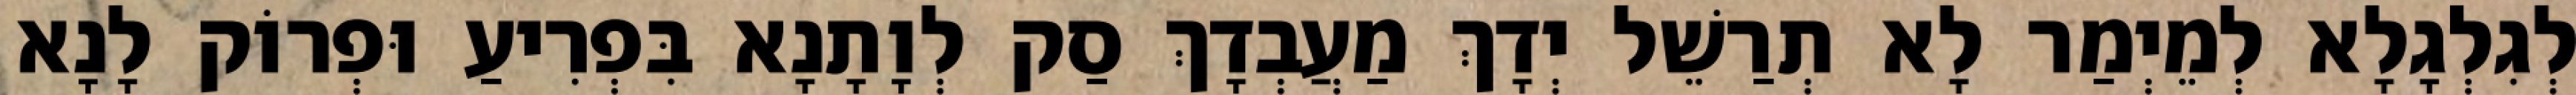
לְגִלְגָלָא לְמֵיְמַר לָא תְרַשֵׁל יְדָךְ מַעֲבְדָךְ סַק לְוָתָנָא בִּפְרִיעַ וּפְרוֹק לָנָא